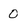
Character: 0